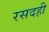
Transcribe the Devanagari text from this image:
रसदही